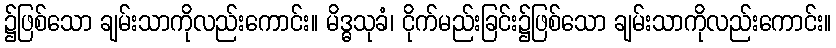
၌ဖြစ်သော ချမ်းသာကိုလည်းကောင်း။ မိဒ္ဓသုခံ၊ ငိုက်မည်းခြင်း၌ဖြစ်သော ချမ်းသာကိုလည်းကောင်း။